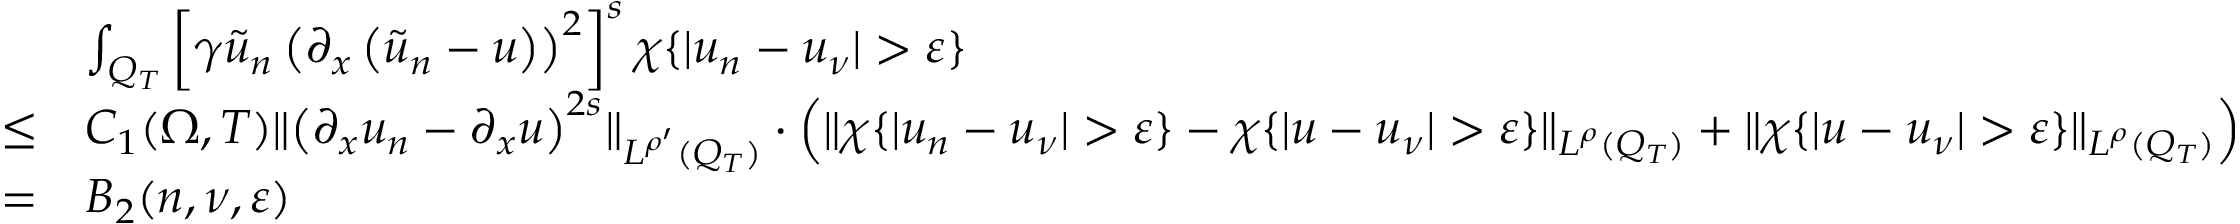
\begin{array} { r l } & { \int _ { Q _ { T } } \left[ \gamma \tilde { u } _ { n } \left( \partial _ { x } \left( \tilde { u } _ { n } - u \right) \right) ^ { 2 } \right] ^ { s } \chi \{ | u _ { n } - u _ { \nu } | > \varepsilon \} } \\ { \leq } & { C _ { 1 } ( \Omega , T ) \lVert \left( \partial _ { x } u _ { n } - \partial _ { x } u \right) ^ { 2 s } \rVert _ { L ^ { \rho ^ { \prime } } ( Q _ { T } ) } \cdot \left( \lVert \chi \{ | u _ { n } - u _ { \nu } | > \varepsilon \} - \chi \{ | u - u _ { \nu } | > \varepsilon \} \rVert _ { L ^ { \rho } ( Q _ { T } ) } + \lVert \chi \{ | u - u _ { \nu } | > \varepsilon \} \rVert _ { L ^ { \rho } ( Q _ { T } ) } \right) } \\ { = } & { B _ { 2 } ( n , \nu , \varepsilon ) } \end{array}